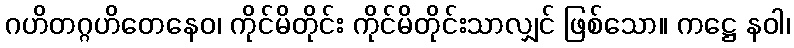
ဂဟိတဂ္ဂဟိတေနေဝ၊ ကိုင်မိတိုင်း ကိုင်မိတိုင်းသာလျှင် ဖြစ်သော။ ကဋ္ဌေ နဝါ၊